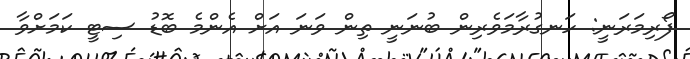
ފޯރިމަރަނީ: ހަނގުރާމަވެރިން ބުނަނީ ތިން ވަނަ އަށް އެންމެ ބޮޑު ސިޓީ ކަމަށްވާ